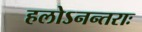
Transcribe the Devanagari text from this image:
हलोऽनन्तराः